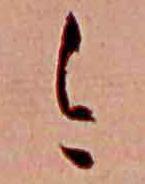
今